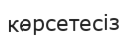
көрсетесіз